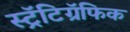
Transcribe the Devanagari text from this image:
स्ट्रॅटिग्रॅफिक